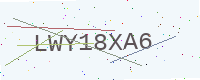
Text: LWY18XA6